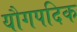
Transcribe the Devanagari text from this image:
यौगपदिक